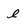
Character: l